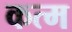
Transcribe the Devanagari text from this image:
कत्म